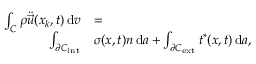
\begin{array} { r l } { \int _ { C } \rho \ddot { \vec { u } } ( \boldsymbol { x } _ { k } , t ) \, \mathrm { d } v } & { = } \\ { \int _ { \partial { C } _ { \mathrm { i n t } } } } & { \boldsymbol { \sigma } ( \boldsymbol { x } , t ) \boldsymbol { n } \, \mathrm { d } a + \int _ { \partial { C } _ { \mathrm { e x t } } } \boldsymbol { t } ^ { * } ( \boldsymbol { x } , t ) \, \mathrm { d } a , } \end{array}